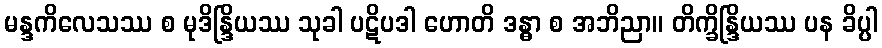
မန္ဒကိလေသဿ စ မုဒိန္ဒြိယဿ သုခါ ပဋိပဒါ ဟောတိ ဒန္ဓာ စ အဘိညာ။ တိက္ခိန္ဒြိယဿ ပန ခိပ္ပါ